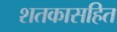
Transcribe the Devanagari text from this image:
शतकासहित